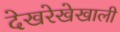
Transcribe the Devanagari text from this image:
देखरेखेखाली